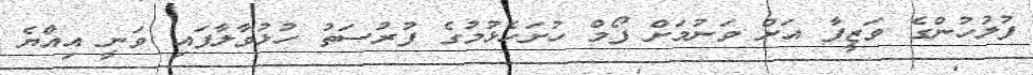
ފުލުހުންގެ ވަޒީފާ އަށް ވަނުމަށް ފޯމް ހުށަހެޅުމުގެ ފުރުސަތު ހުޅުވާލާފައި ވަނީ އިއްޔެ